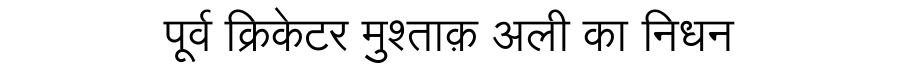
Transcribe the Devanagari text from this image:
पूर्व क्रिकेटर मुश्ताक़ अली का निधन